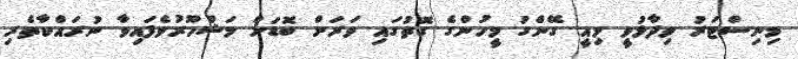
މިނިސްޓަރު ވިދާޅުވީ މިއީ ގޭންގު މީހުންގެ ގޮތުގައި ވަރަށް ބޮޑަށް މަޝްހޫރުވެފައިވާ ނުރައްކާތެރި